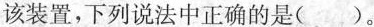
该装置，下列说法中正确的是()。